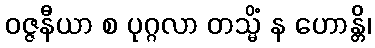
ဝဇ္ဇနီယာ စ ပုဂ္ဂလာ တသ္မိံ န ဟောန္တိ၊